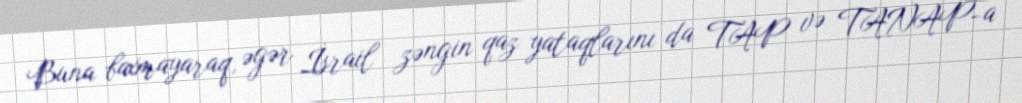
Buna baxmayaraq, əgər İsrail zəngin qaz yataqlarını da TAP və TANAP-a